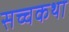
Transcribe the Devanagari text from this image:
सच्चकथा